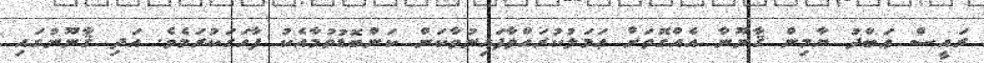
ރައީސް ޢަބްދު ޔާމިން ޤާނޫނާ އެއްގޮތަށް ޢަމަލުކުރައްވާފައިނުވާކަން ކަންބޮޑުވުމާއެކު ފާހަގަކުރަމެވެ. އަދި ޤާނޫނުގައި